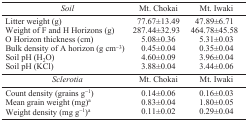
| Soil | Mt. Chokai | Mt. Iwaki |
 | --- | --- | --- |
 | Litter weight (g) | 77.67±13.49 | 47.89±6.71 |
 | Weight of F and H Horizons (g) | 287.44±32.93 | 464.78±45.58 |
 | O Horizon thickness (cm) | 5.08±0.36 | 5.31±0.03 |
 | Bulk density of A horizon (g cm−3) | 0.45±0.04 | 0.35±0.04 |
 | Soil pH (H2 O) | 4.60±0.09 | 3.96±0.04 |
 | Soil pH (KCl) | 3.88±0.04 | 3.44±0.06 |
 | Sclerotia | Mt. Chokai | Mt. Iwaki |
 | Count density (grains g−1) | 0.14±0.06 | 0.16±0.03 |
 | Mean grain weight (mg)a | 0.83±0.04 | 1.80±0.05 |
 | Weight density (mg g−1)a | 0.11±0.02 | 0.29±0.04 |